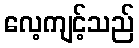
လေ့ကျင့်သည်